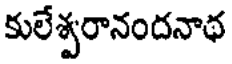
కులేశ్వరానందనాథ